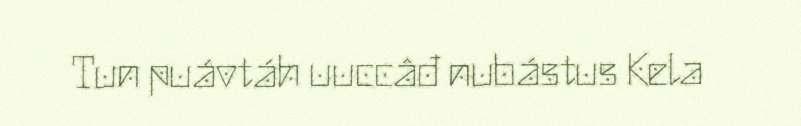
Tun puávtáh uuccâđ nubástus Kela